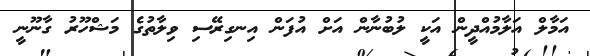
އަމާލް އަލާމުއްދީން އަކީ ލުބުނާން އަށް އުފަން އިނގިރޭސި ވިލާތުގެ މަޝްހޫރު ގާނޫނީ